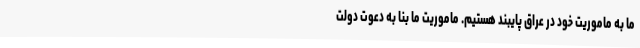
ما به ماموریت خود در عراق پایبند هستیم. ماموریت ما بنا به دعوت دولت